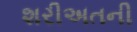
શરીઅતની